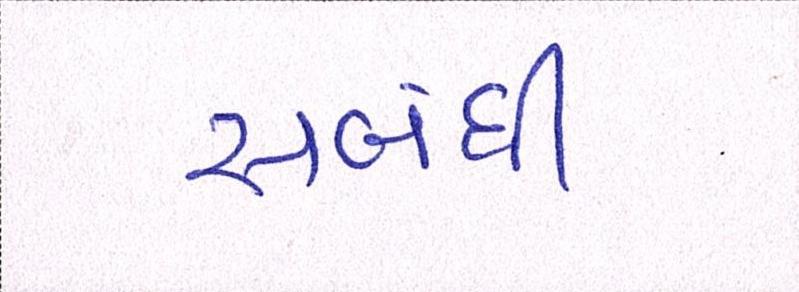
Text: સબંધી